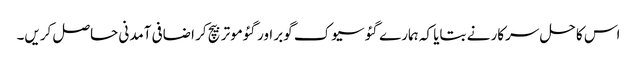
اس کا حل سرکار نے بتایا کہ ہمارے گئو سیوک گوبر اور گئوموتر بیچ کر اضافی آمدنی حاصل کریں۔